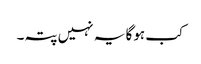
کب ہوگا یہ نہیں پتہ۔